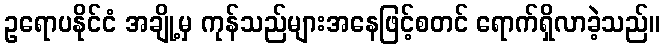
ဥရောပနိုင်ငံ အချို့မှ ကုန်သည်များအနေဖြင့်စတင် ရောက်ရှိလာခဲ့သည်။